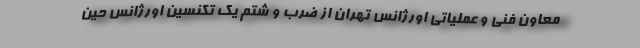
معاون فنی و عملیاتی اورژانس تهران از ضرب و شتم یک تکنسین اورژانس حین